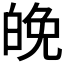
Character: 𪽿